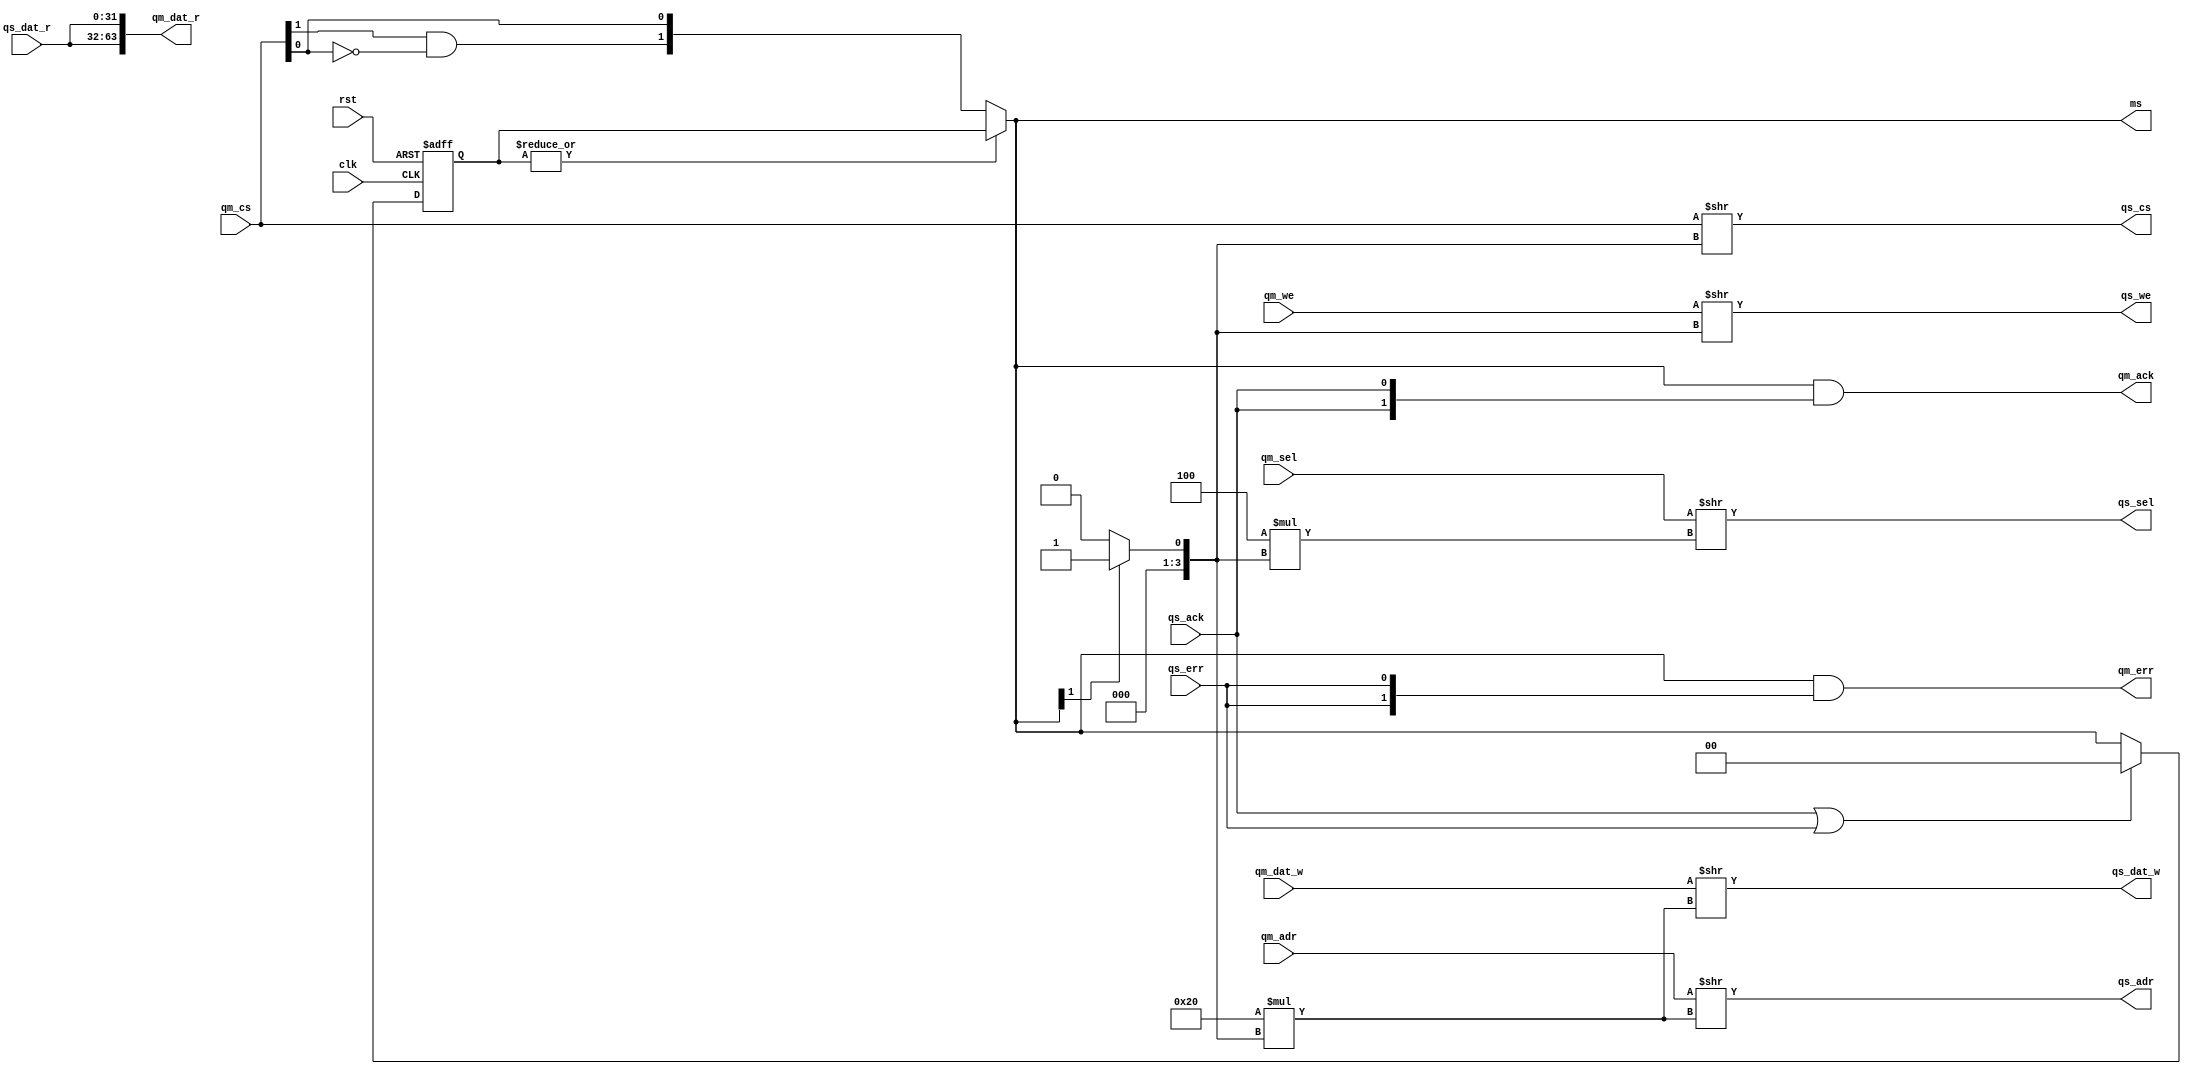
/**************************************/
/* qmem_arbiter.v                     */
/*                                    */
/* QMEM bus arbiter                   */
/* allows multiple masters            */
/* to access single slave             */
/*                                    */
/* 2010, iztok.jeras@gmail.com        */
/**************************************/


module qmem_arbiter #(
  parameter QAW = 32,                 // address width
  parameter QDW = 32,                 // data width
  parameter QSW = QDW/8,              // byte select width
  parameter MN  = 2                   // number of masters
)(
  // system
  input  wire              clk,       // clock
  input  wire              rst,       // reset
  // slave port
  input  wire [MN    -1:0] qm_cs,     // chip-select
  input  wire [MN    -1:0] qm_we,     // write enable
  input  wire [MN*QSW-1:0] qm_sel,    // byte select
  input  wire [MN*QAW-1:0] qm_adr,    // address
  input  wire [MN*QDW-1:0] qm_dat_w,  // write data
  output wire [MN*QDW-1:0] qm_dat_r,  // read data
  output wire [MN    -1:0] qm_ack,    // acknowledge
  output wire [MN    -1:0] qm_err,    // error
  // master port
  output wire              qs_cs,     // chip-select
  output wire              qs_we,     // write enable
  output wire    [QSW-1:0] qs_sel,    // byte select
  output wire    [QAW-1:0] qs_adr,    // address
  output wire    [QDW-1:0] qs_dat_w,  // write data
  input  wire    [QDW-1:0] qs_dat_r,  // read data
  input  wire              qs_ack,    // acknowledge
  input  wire              qs_err,    // error
  // one hot master status (bit MN is always 1'b0)
  output wire     [MN-1:0] ms         // selected master
);


/* local signals */
wire     [3:0] ms_a;
wire  [MN-1:0] ms_tmp;
reg   [MN-1:0] ms_reg;

genvar i;


/* implementation */

// masters priority decreases from the LSB to the MSB side
assign ms_tmp[0] = qm_cs[0];
generate for (i=1; i<MN; i=i+1) begin : loop_arbiter
  assign ms_tmp[i] = qm_cs[i] & ~|qm_cs[i-1:0];
end endgenerate

always @(posedge clk, posedge rst) begin
  if (rst)                   ms_reg <= #1 0;
  else if (qs_ack | qs_err)  ms_reg <= #1 0;
  else if (!(|ms_reg))       ms_reg <= #1 ms_tmp;
end

assign ms = |ms_reg ? ms_reg : ms_tmp;

generate if (MN == 1) assign ms_a =                                                         0; endgenerate
generate if (MN == 2) assign ms_a =                                                 ms[1]?1:0; endgenerate
generate if (MN == 3) assign ms_a =                                         ms[2]?2:ms[1]?1:0; endgenerate
generate if (MN == 4) assign ms_a =                                 ms[3]?3:ms[2]?2:ms[1]?1:0; endgenerate
generate if (MN == 5) assign ms_a =                         ms[4]?4:ms[3]?3:ms[2]?2:ms[1]?1:0; endgenerate
generate if (MN == 6) assign ms_a =                 ms[5]?5:ms[4]?4:ms[3]?3:ms[2]?2:ms[1]?1:0; endgenerate
generate if (MN == 7) assign ms_a =         ms[6]?6:ms[5]?5:ms[4]?4:ms[3]?3:ms[2]?2:ms[1]?1:0; endgenerate
generate if (MN == 8) assign ms_a = ms[7]?7:ms[6]?6:ms[5]?5:ms[4]?4:ms[3]?3:ms[2]?2:ms[1]?1:0; endgenerate

// slave port for requests from masters
assign qs_cs    = qm_cs    >>      ms_a ;
assign qs_we    = qm_we    >>      ms_a ;
assign qs_sel   = qm_sel   >> (QSW*ms_a);
assign qs_adr   = qm_adr   >> (QAW*ms_a);
assign qs_dat_w = qm_dat_w >> (QDW*ms_a);

// master ports for requests to a slave
generate for (i=0; i<MN; i=i+1) begin : loop_bus
  assign qm_dat_r [QDW*(i+1)-1:QDW*(i+1)-QDW] = qs_dat_r;
end endgenerate

// acknowledge & error
assign qm_ack = ms & {MN{qs_ack}};
assign qm_err = ms & {MN{qs_err}};


endmodule